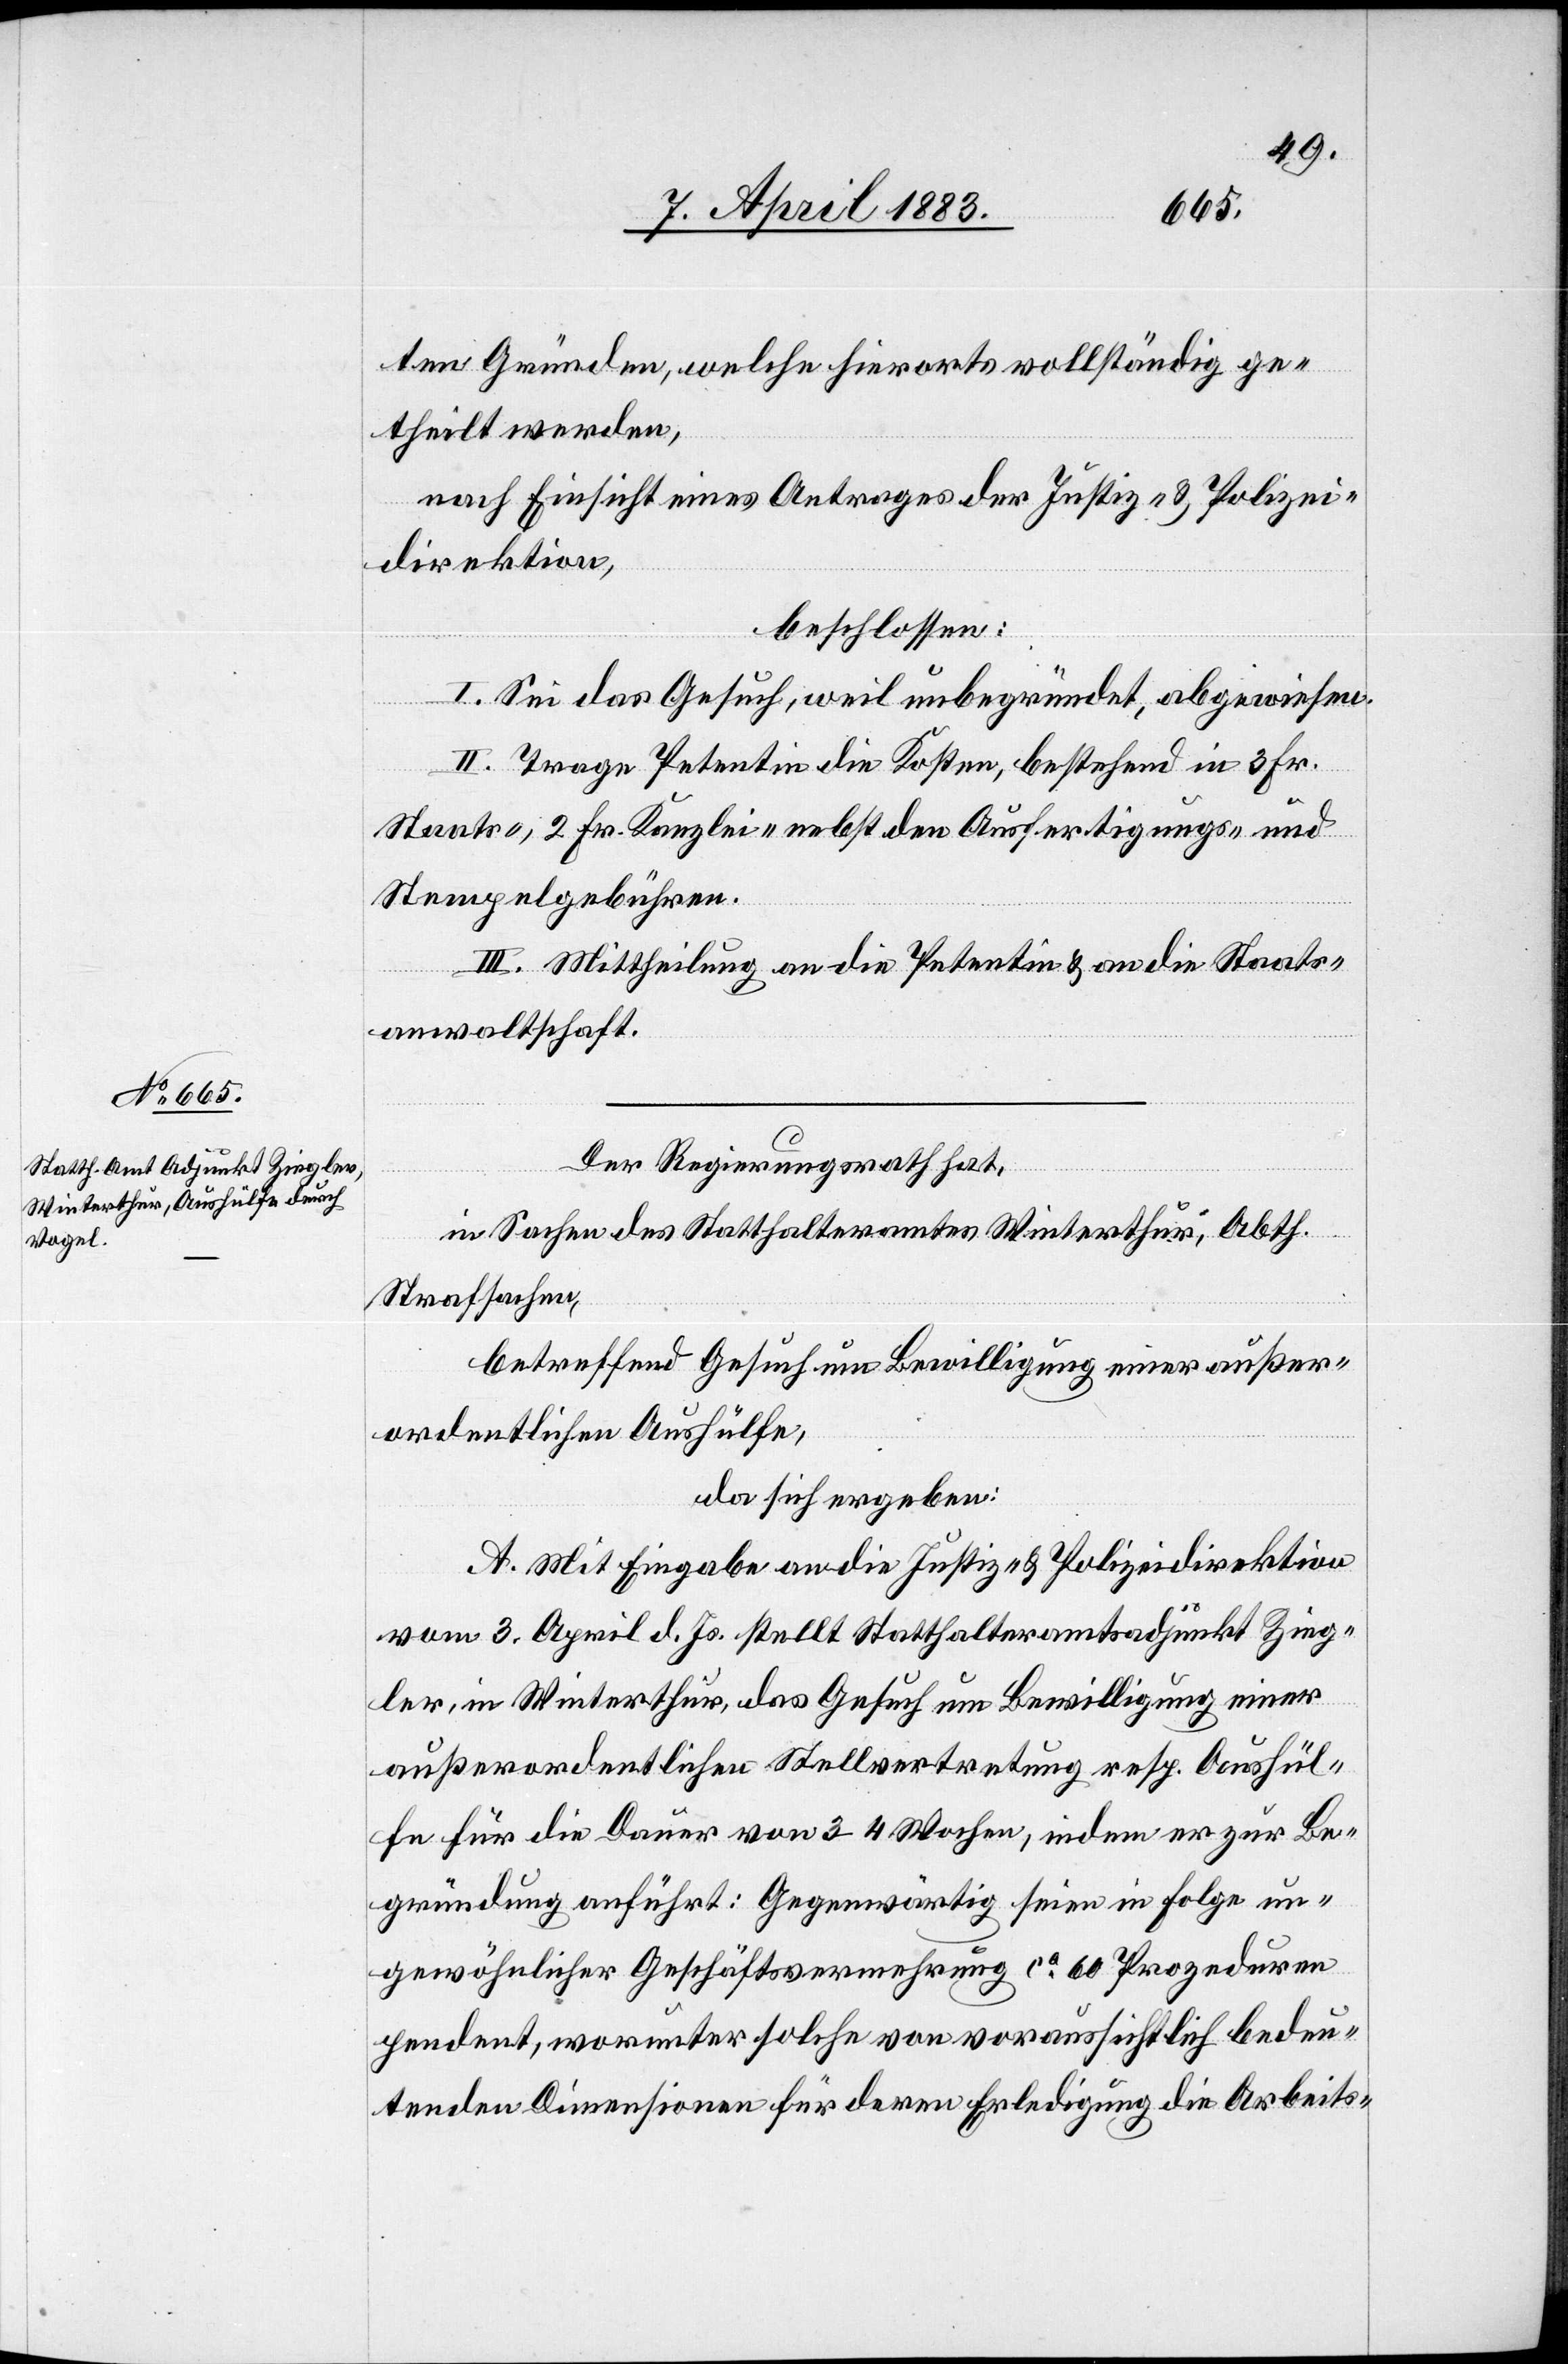
ten Gründen, welche hierorts vollständig ge¬
theilt werden,
nach Einsicht eines Antrages der Justiz- & Polizei¬
direktion,
beschlossen:
I. Sei das Gesuch, weil unbegründet, abgewiesen.
II. Trage Petentin die Kosten, bestehend in 3 Fr.
Staats-, 2 Fr. Kanzlei- nebst den Ausfertigungs- und
Stempelgebühren.
III. Mittheilung an die Petentin & an die Staats¬
anwaltschaft.
Der Regierungsrath hat,
in Sachen des Statthalteramtes Winterthur, Abth.
Strafsachen,
betreffend Gesuch um Bewilligung einer außer¬
ordentlichen Aushülfe,
da sich ergeben:
A. Mit Eingabe an die Justiz- & Polizeidirektion
vom 3. April d. Js. stellt Statthalteramtsadjunkt Zieg¬
ler, in Winterthur, das Gesuch um Bewilligung einer
außerordentlichen Stellvertretung resp. Aushül¬
fe für die Dauer von 3–4 Wochen, indem er zur Be¬
gründung anführt: gegenwärtig seien in Folge un¬
gewöhnlicher Geschäftsvermehrung ca 60 Prozeduren
pendent, worunter solche von voraussichtlich bedeu¬
tenden Dimensionen für deren Erledigung die Arbeits-